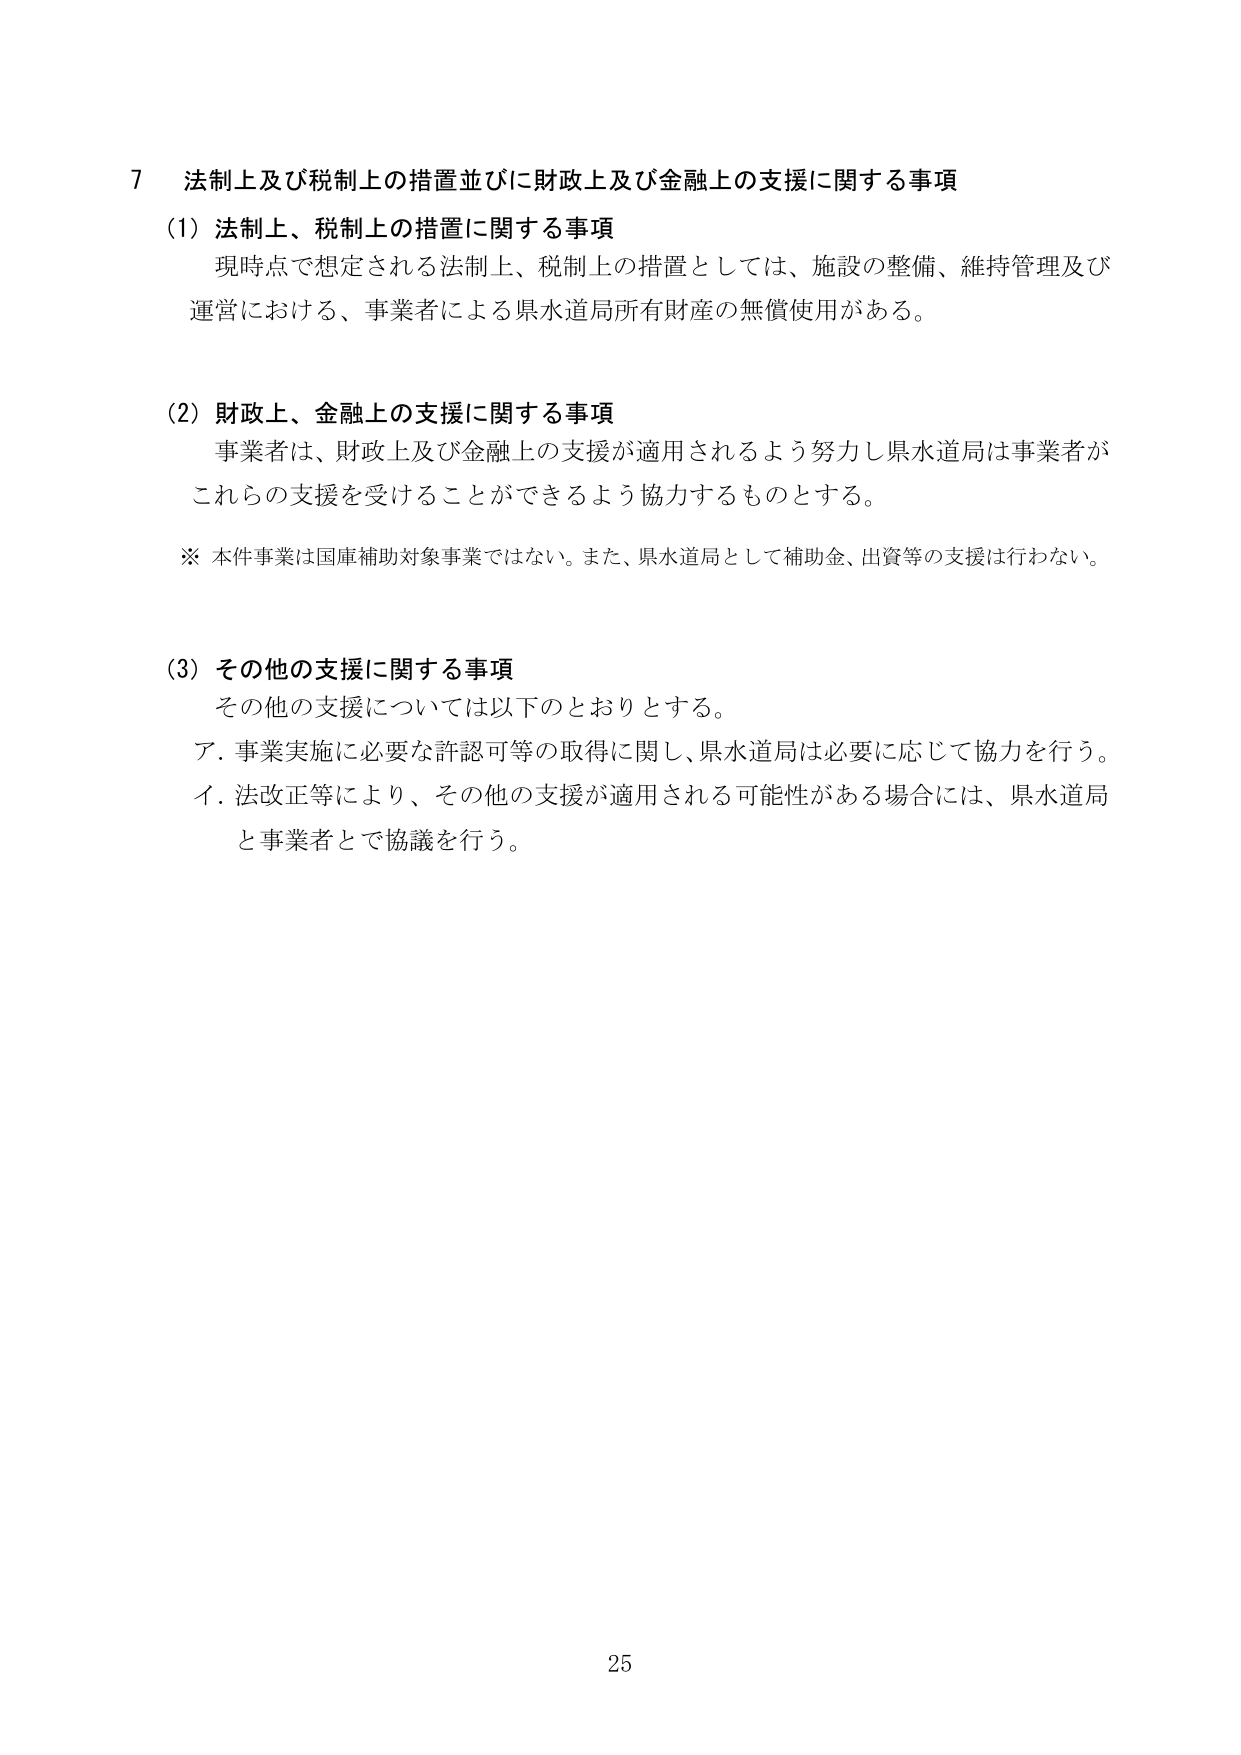
7 法制上及び税制上の措置並びに財政上及び金融上の支援に関する事項
(1) 法制上、税制上の措置に関する事項
　現時点で想定される法制上、税制上の措置としては、施設の整備、維持管理及び運営における、事業者による県水道局所有財産の無償使用がある。

(2) 財政上、金融上の支援に関する事項
　事業者は、財政上及び金融上の支援が適用されるよう努力し県水道局は事業者がこれらの支援を受けることができるよう協力するものとする。
※ 本件事業は国庫補助対象事業ではない。また、県水道局として補助金、出資等の支援は行わない。

(3) その他の支援に関する事項
　その他の支援については以下のとおりとする。
　ア．事業実施に必要な許認可等の取得に関し、県水道局は必要に応じて協力を行う。
　イ．法改正等により、その他の支援が適用される可能性がある場合には、県水道局と事業者とで協議を行う。

25